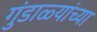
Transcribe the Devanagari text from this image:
गुंडाळ्यांच्या